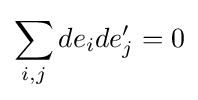
\sum _{i,j}de_{i}de_{j}'=0